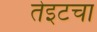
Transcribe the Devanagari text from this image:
तेइटचा